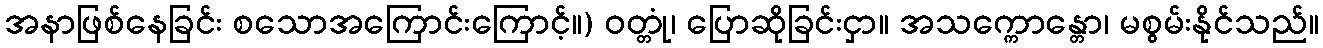
အနာဖြစ်နေခြင်း စသောအကြောင်းကြောင့်။) ဝတ္တုံ၊ ပြောဆိုခြင်းငှာ။ အသက္ကောန္တော၊ မစွမ်းနိုင်သည်။